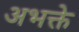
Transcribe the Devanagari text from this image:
अभक्ते